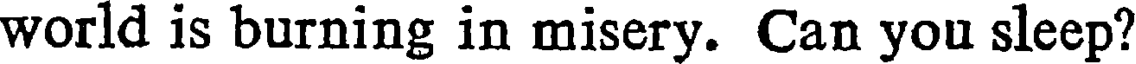
world is burning in misery. Can you sleep?